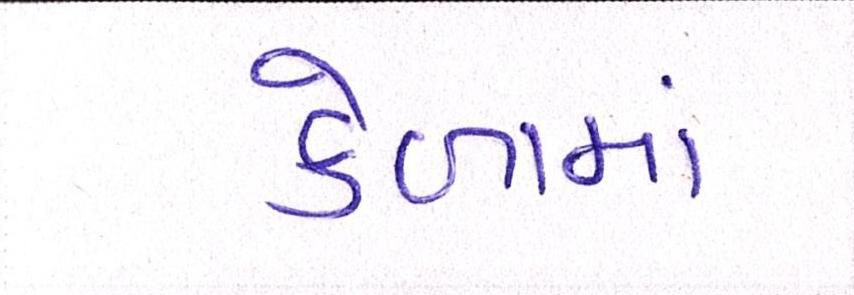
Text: કેળામાં